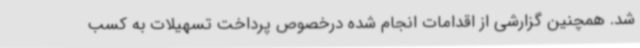
شد. همچنین گزارشی از اقدامات انجام شده درخصوص پرداخت تسهیلات به کسب